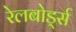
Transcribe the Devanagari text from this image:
रेलबोर्ड्स